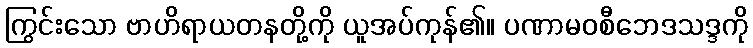
ကြွင်းသော ဗာဟိရာယတနတို့ကို ယူအပ်ကုန်၏။ ပဏာမဝစီဘေဒသဒ္ဒကို